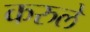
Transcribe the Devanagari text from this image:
करुले